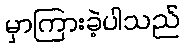
မှာကြားခဲ့ပါသည်